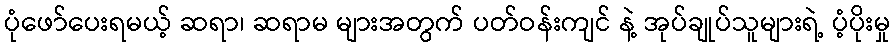
ပုံဖော်ပေးရမယ့် ဆရာ၊ ဆရာမ များအတွက် ပတ်ဝန်းကျင် နဲ့ အုပ်ချုပ်သူများရဲ့ ပံ့ပိုးမှု